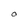
Character: O